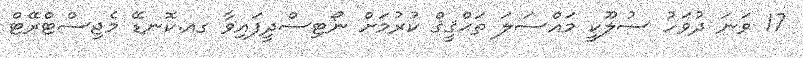
17 ވަނަ ދުވަހު ސުލޫކީ މައްސަލަ ތަޙްޤީޤް ކުރުމަށް ނޯޓިސްދީފައިވާ ގއ.ކޮނޑޭ މެޖިސްޓްރޭޓް